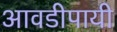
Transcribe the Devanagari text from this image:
आवडीपायी